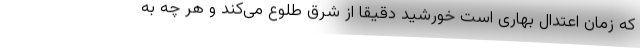
که زمان اعتدال بهاری است خورشید دقیقا از شرق طلوع می‌کند و هر چه به